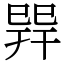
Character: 𢁅